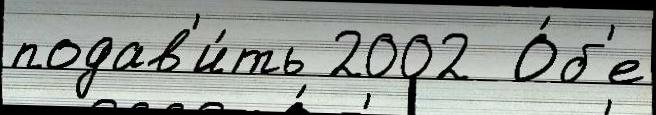
подав'и́ть 2002  О́б'е